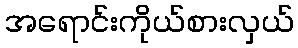
အရောင်းကိုယ်စားလှယ်